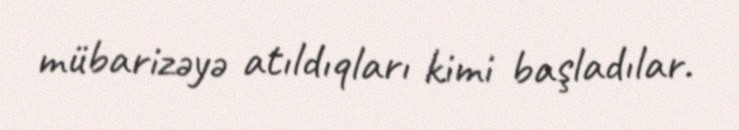
mübarizəyə atıldıqları kimi başladılar.